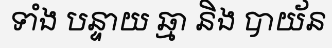
ទាំង បន្ទាយ ឆ្មា និង បាយ័ន